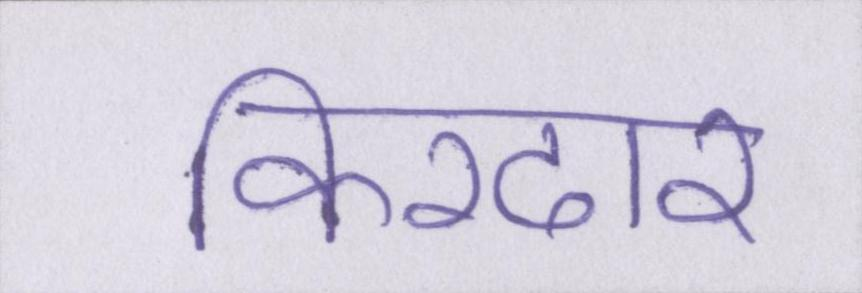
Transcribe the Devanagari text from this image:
किरदार